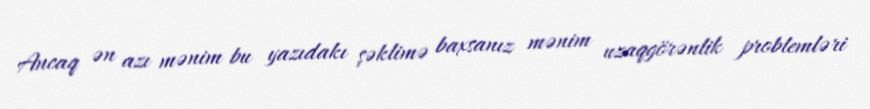
Ancaq ən azı mənim bu yazıdakı şəklimə baxsanız mənim uzaqgörənlik problemləri